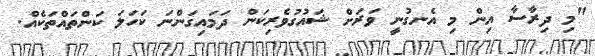
"މި ދިރާސާ އިން މި އެނގުނީ ވަރަށް ޝައުގުވެރިކަން ދަމައިގަންނަ ކަހަލަ ކަންތައްތަކެއް.